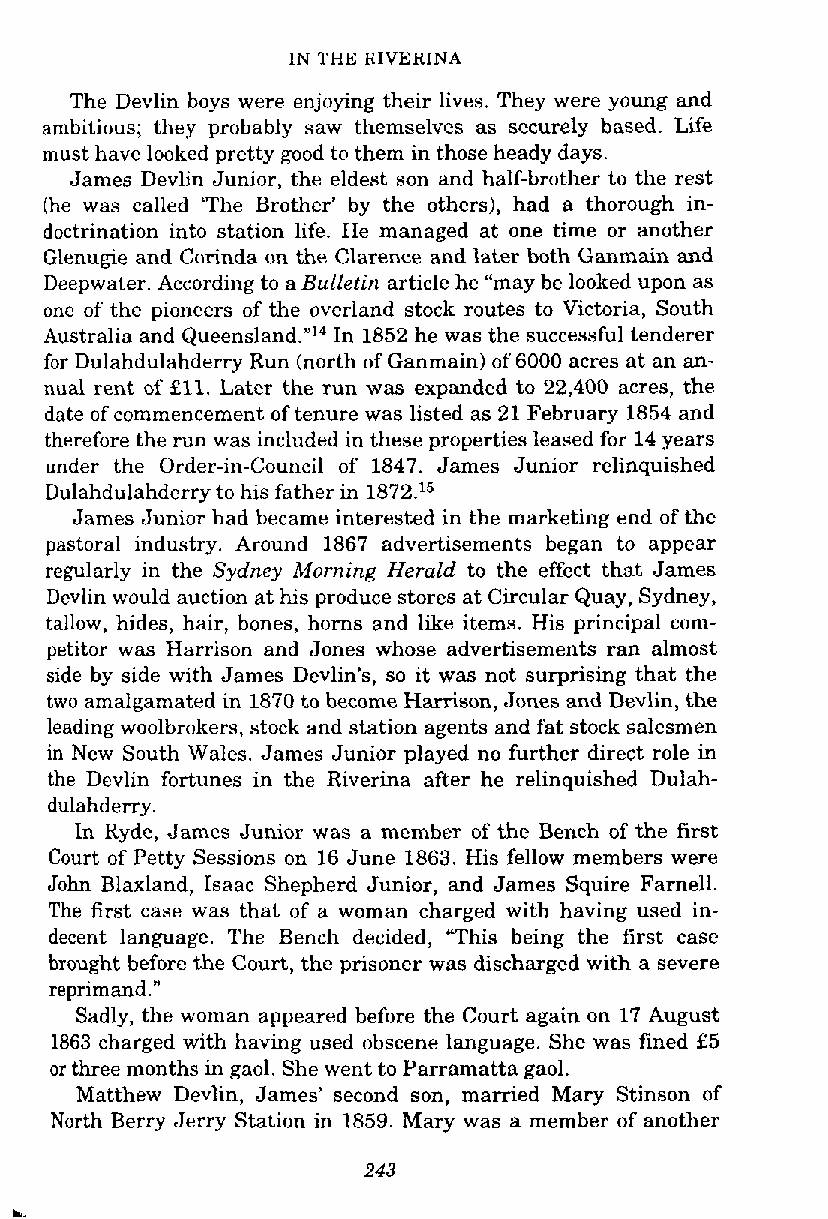
IN THE RIVERINA
 The Devlin boys were enjoying their lives. They were young and
 ambitious; they probably saw themselves as securely based. Life
 must have looked pretty good to them in those heady days.
 James Devlin Junior, the eldest son and half-brother to the rest
 (he was called 'The Brother' by the others), had a thorough in-
 doctrination into station life. He managed at one time or another
 Glenugie and Corinda on the Clarence and later both Ganmain and
 Deepwater. According to a Bulletin article he "may be looked upon as
 one of the pioneers of the overland stock routes to Victoria, South
 Australia and Queensland."'"n 1852 he was the successful tenderer
 for Dulahdulahderry Run (north of Ganmain) of 6000 acres at an an-
 nual rent of £11. Later the run was expanded to 22,400 acres, the
 date of commencement of tenure was listed as 21 February 1854 and
 therefore the run was included in these properties leased for 14 years
 under the Order-in-Council of 1847. James Junior relinquished
 Dulahdulahderry to his father in 1872.15
 James Junior had became interested in the marketing end of the
 pastoral industry. Around 1867 advertisements began to appear
 regularly in the Sydney Morning Herald to the effect that James
 Devlin would auction at his produce stores at Circular Quay, Sydney,
 tallow, hides, hair, bones, horns and like items. His principal com-
 petitor was Harrison and Jones whose advertisements ran almost
 side by side with James Devlin's, so it was not surprising that the
 two amalgamated in 1870 to become Harrison, Jones and Devlin, the
 leading woolbrokers, stock and station agents and fat stock salesmen
 in New South Wales. James Junior played no further direct role in
 the Devlin fortunes in the Riverina after he relinquished Dulah-
 dulahderry.
 In Ryde, James Junior was a member of the Bench of the first
 Court of Petty Sessions on 16 June 1863. His fellow members were
 John Blaxland, Isaac Shepherd Junior, and James Squire Farnell.
 The first case was that of a woman charged with having used in-
 decent language. The Bench decided, "This being the first case
 brought before the Court, the prisoner was discharged with a severe
 reprimand."
 Sadly, the woman appeared before the Court again on 17 August
 1863 charged with having used obscene language. She was fined £5
 or three months in gaol. She went to Parramatta gaol.
 Matthew Devlin, James' second son, married Mary Stinson of
 North Berry Jerry Station in 1859. Mary was a member of another